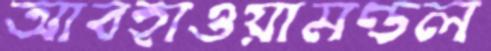
আবহাওয়ামণ্ডল